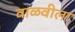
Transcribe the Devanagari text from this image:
वाळवीला